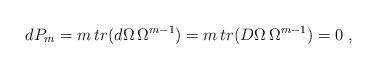
LaTeX: \begin{align*}dP_{m}=m\,tr(d\Omega\,\Omega^{m-1})=m\,tr(D\Omega \, \Omega^{m-1})=0\;,\end{align*}